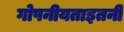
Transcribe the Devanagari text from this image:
गोपनीयताइतनी